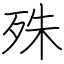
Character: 殊